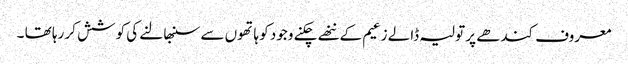
معروف کندھے پر تولیہ ڈالے زعیم کے ننھے چکنے وجود کو ہاتھوں سے سنبھالنے کی کوشش کر رہا تھا ۔